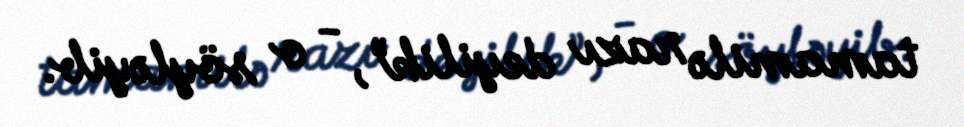
tamamilə razı deyilik”, - o söyləyib.